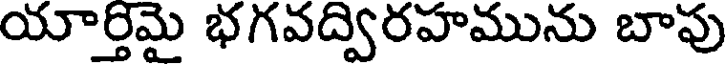
యార్తిమై భగవద్విరహమును బాపు